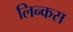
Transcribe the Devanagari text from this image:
लिन्कस